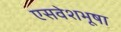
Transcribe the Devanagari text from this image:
एसवेशभूषा